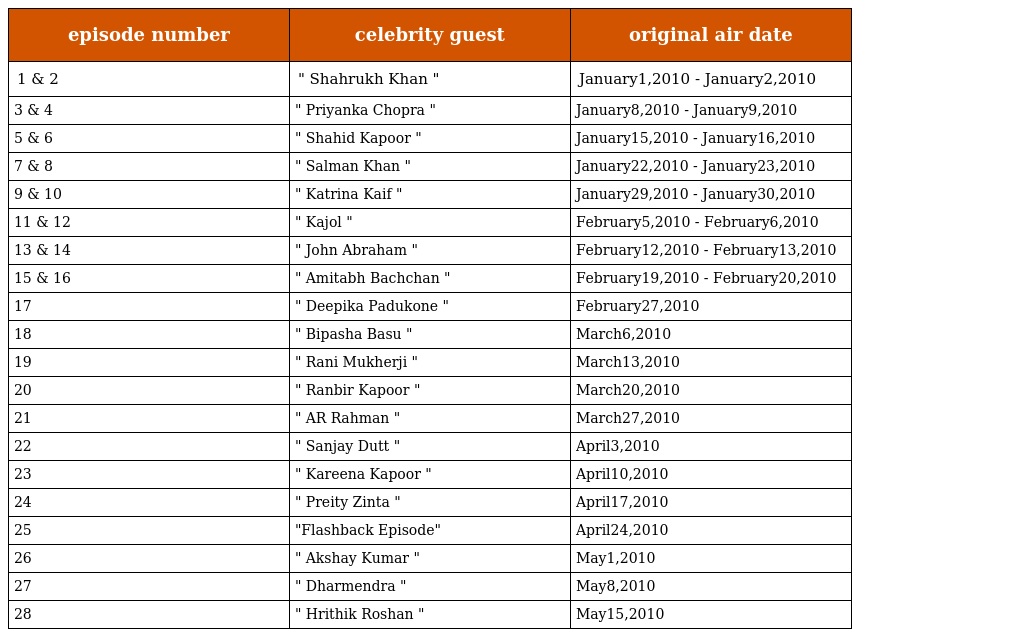
| episode number | celebrity guest | original air date |
 | --- | --- | --- |
 | 1 & 2 | " Shahrukh Khan " | January1,2010 - January2,2010 |
 | 3 & 4 | " Priyanka Chopra " | January8,2010 - January9,2010 |
 | 5 & 6 | " Shahid Kapoor " | January15,2010 - January16,2010 |
 | 7 & 8 | " Salman Khan " | January22,2010 - January23,2010 |
 | 9 & 10 | " Katrina Kaif " | January29,2010 - January30,2010 |
 | 11 & 12 | " Kajol " | February5,2010 - February6,2010 |
 | 13 & 14 | " John Abraham " | February12,2010 - February13,2010 |
 | 15 & 16 | " Amitabh Bachchan " | February19,2010 - February20,2010 |
 | 17 | " Deepika Padukone " | February27,2010 |
 | 18 | " Bipasha Basu " | March6,2010 |
 | 19 | " Rani Mukherji " | March13,2010 |
 | 20 | " Ranbir Kapoor " | March20,2010 |
 | 21 | " AR Rahman " | March27,2010 |
 | 22 | " Sanjay Dutt " | April3,2010 |
 | 23 | " Kareena Kapoor " | April10,2010 |
 | 24 | " Preity Zinta " | April17,2010 |
 | 25 | "Flashback Episode" | April24,2010 |
 | 26 | " Akshay Kumar " | May1,2010 |
 | 27 | " Dharmendra " | May8,2010 |
 | 28 | " Hrithik Roshan " | May15,2010 |